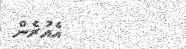
އެއުރެން